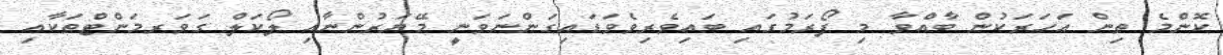
ކޮންމެ ތިން އަހަރަކުން ބާއްވާ މި ފޯރަމުގައި ބައިވެރިވެވަޑައިގަންނަވަނީ މޭޔަރުންނާއި ލޯކަލް ގަވަރމަންޓްތަކާއި